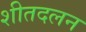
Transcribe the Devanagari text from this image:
शीतदलन